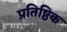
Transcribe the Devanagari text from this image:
प्रतिष्ठिक